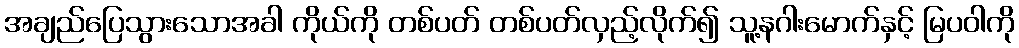
အချည်ပြေသွားသောအခါ ကိုယ်ကို တစ်ပတ် တစ်ပတ်လှည့်လိုက်၍ သူ့နဂါးမောက်နှင့် မြပဝါကို